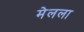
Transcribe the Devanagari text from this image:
मेलला